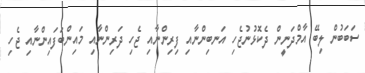
ސަބަބުން ލިބޭ އާމްދަނީން ދެކޮޅުނުޖެހި އަނބިންނާއި ފިރިންނާއި ޖެހި ދަރިންނާއި މައިންބަފައިންނާއި ޖެހި